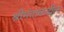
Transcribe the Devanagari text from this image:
श्रीमंतांकडील